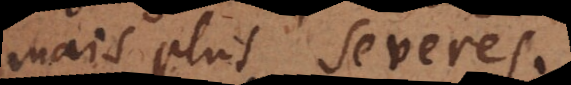
mais plus severes.